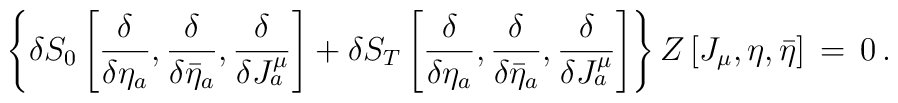
\left \{\delta  S_{0} \left[{\delta  \over \delta  \eta_a }, {\delta  \over \delta \bar{\eta}_a }, {\delta  \over \delta J^\mu_a }  \right]  + \delta  S_{T} \left[{\delta  \over \delta  \eta_a }, {\delta  \over \delta \bar{\eta}_a }, {\delta  \over \delta J^\mu_a }  \right]   \right\} Z \left[J_\mu, \eta,\bar{\eta}\right]  \, = \, 0  \, .